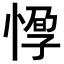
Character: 𢝼